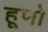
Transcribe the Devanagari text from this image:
हूणो